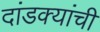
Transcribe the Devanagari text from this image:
दांडक्यांची